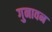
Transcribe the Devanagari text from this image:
गुनावन